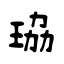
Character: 珕